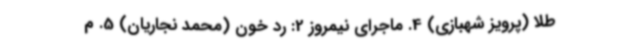
طلا (پرویز شهبازی) 4. ماجرای نیمروز 2: رد خون (محمد نجاریان) 5. م